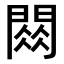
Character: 𫔧